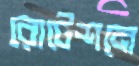
রোটেশনে